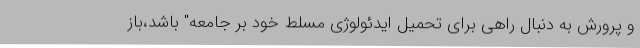
و پرورش به دنبال راهی برای تحمیل ایدئولوژی مسلط خود بر جامعه" باشد،باز